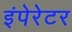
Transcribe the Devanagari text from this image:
इंपेरेटर